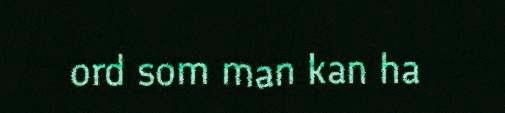
ord som man kan ha